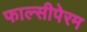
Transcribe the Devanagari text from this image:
फाल्सीपेरम